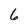
Character: 6